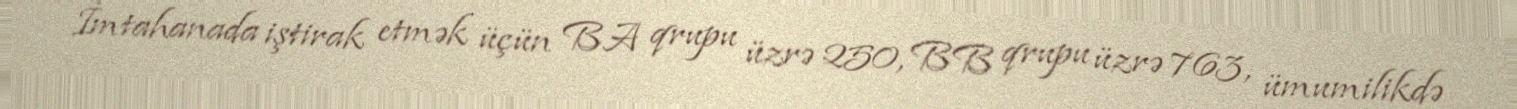
İmtahanada iştirak etmək üçün BA qrupu üzrə 250, BB qrupu üzrə 763, ümumilikdə